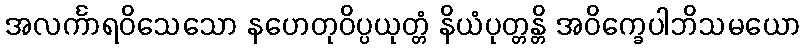
အလင်္ကာရဝိသေသော နဟေတုဝိပ္ပယုတ္တံ နိယံပုတ္တန္တိ အဝိက္ခေပါဘိသမယော